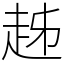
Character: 趀